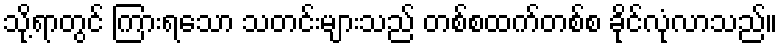
သို့ရာတွင် ကြားရသော သတင်းများသည် တစ်စထက်တစ်စ ခိုင်လုံလာသည်။